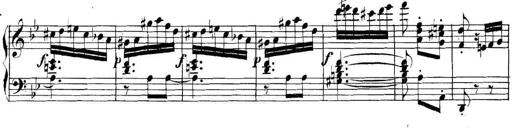
Title: Collected Piano Sonatas
Composer: Muzio Clementi